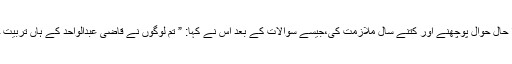
ہم سے فرداً فرداً حال حوال پوچھنے اور کتنے سال ملازمت کی،جیسے سوالات کے بعد اُس نے کہا: ” تم لوگوں نے قاضی عبدالواحد کے ہاں تربیت حاصل کی ہے ۔